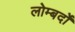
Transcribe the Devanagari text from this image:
लोम्बर्दो